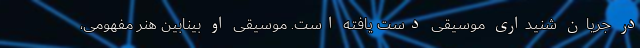
در جریان شنیداری موسیقی دست یافته است. موسیقی او بینابین هنر مفهومی،